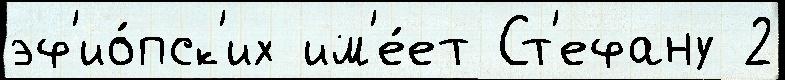
эф'ио́пск'их им'е́ет Ст'ефану 2